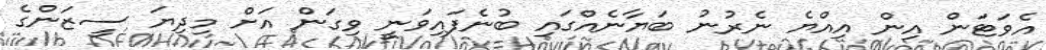
އެވަޓަން އިން އިއްޔެ ނެރުނު ބަޔާނެއްގައި ބުނެފައިވަނީ ވިގަން އަށް މިދިޔަ ސީޒަންގެ